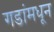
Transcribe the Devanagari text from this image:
गडांमधून